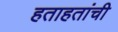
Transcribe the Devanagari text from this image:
हताहतांची